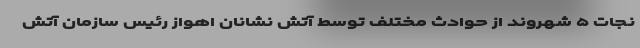
نجات ۵ شهروند از حوادث مختلف توسط آتش نشانان اهواز رئیس سازمان آتش